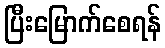
ပြီးမြောက်စေရန်